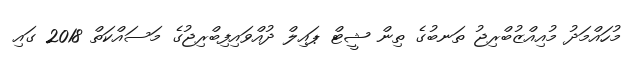
މުހައްމަދު މުއިއްޒުބްރިޖު ތަނބުގެ ތިން ޝީޓް ޕައިލް ދުއްވައިފިބްރިޖުގެ މަސައްކަތް 2018 ގައި